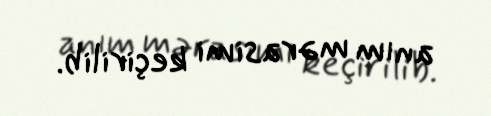
anım mərasimi keçirilib.